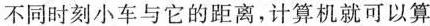
不同时刻小车与它的距离，计算机就可以算